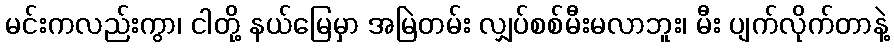
မင်းကလည်းကွာ၊ ငါတို့ နယ်မြေမှာ အမြဲတမ်း လျှပ်စစ်မီးမလာဘူး၊ မီး ပျက်လိုက်တာနဲ့